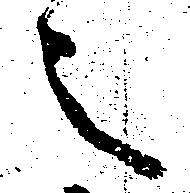
之